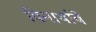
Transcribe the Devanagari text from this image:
विनाथांबे